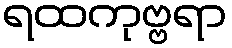
ရထကုဗ္ဗရာ